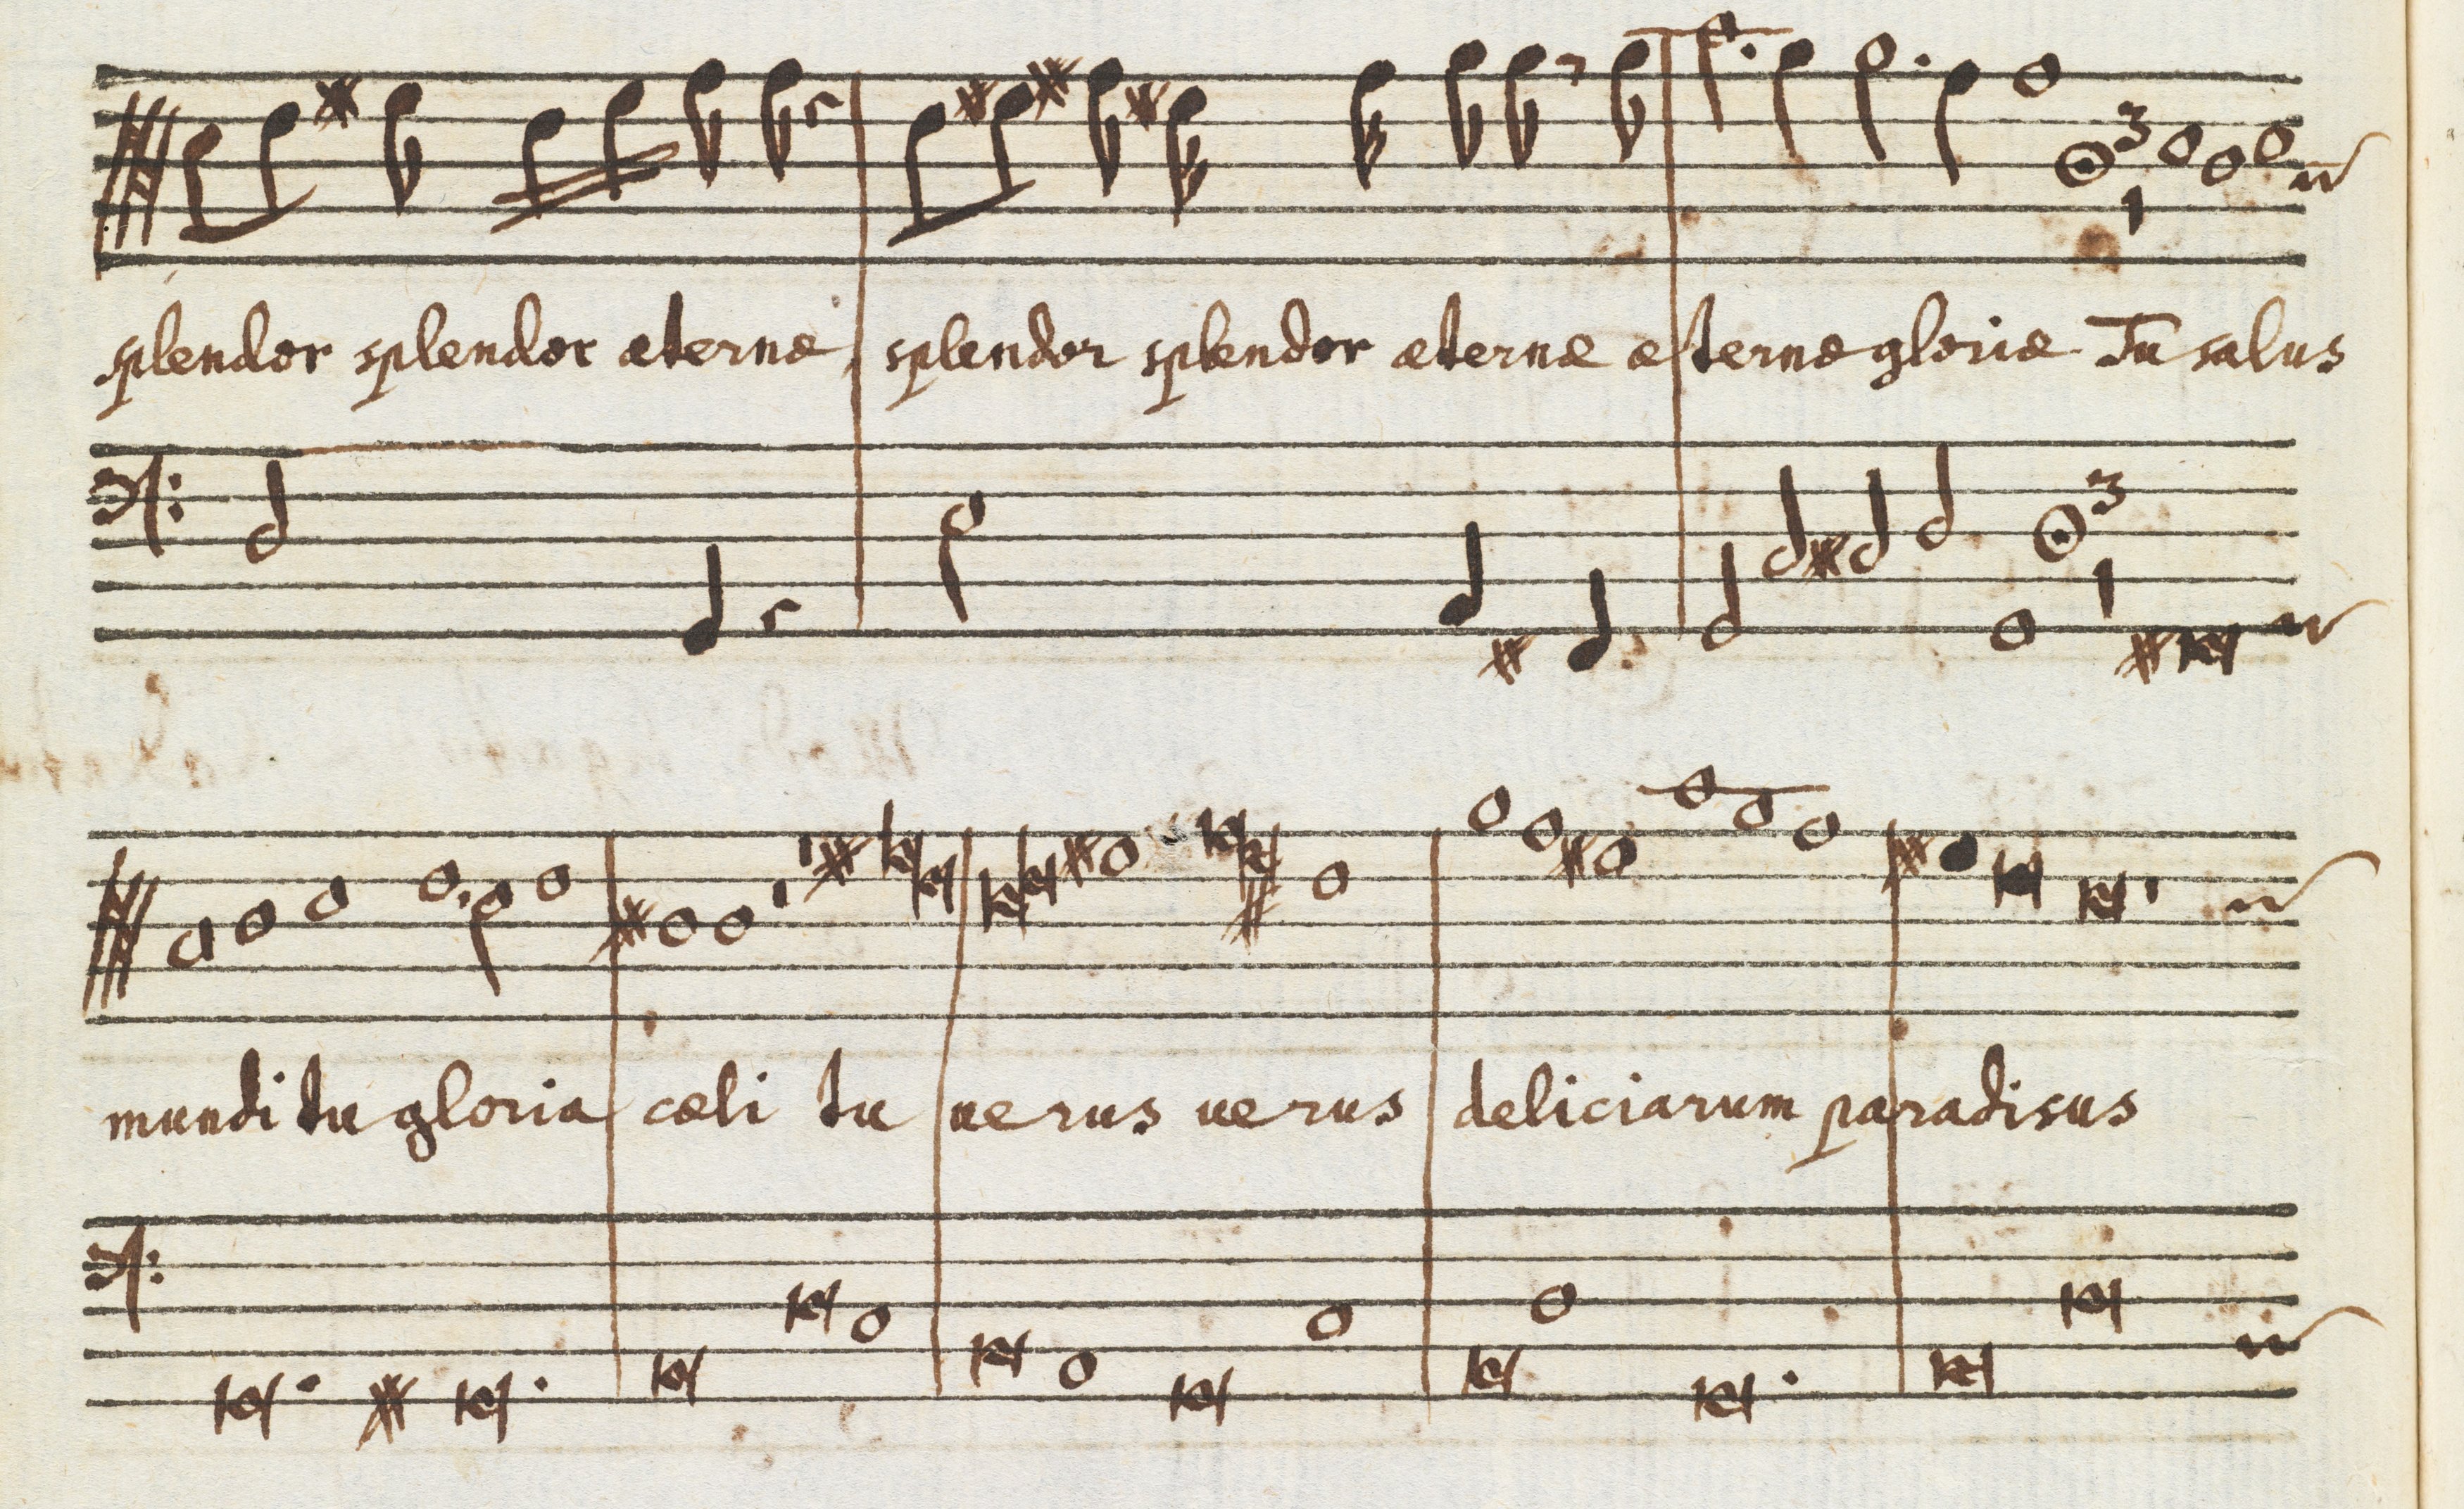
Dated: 1650–1699